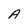
Character: A